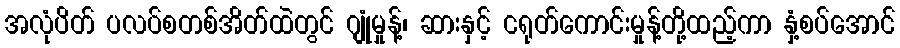
အလုံပိတ် ပလပ်စတစ်အိတ်ထဲတွင် ဂျုံမှုန့်၊ ဆားနှင့် ငရုတ်ကောင်းမှုန့်တို့ထည့်ကာ နှံ့စပ်အောင်